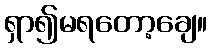
ရှာ၍မရတော့ချေ။